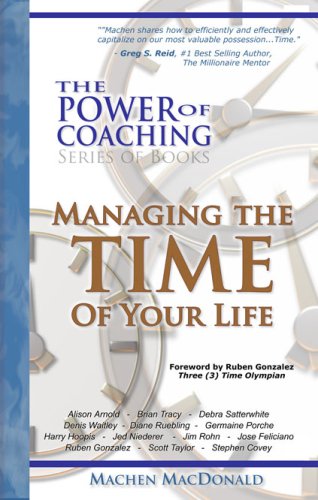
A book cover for The Power of Coaching - Managing the TIME of Your Life; Machen MacDonald; Business & Money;